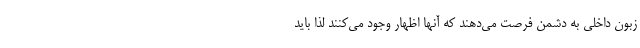
زبون داخلی به دشمن فرصت می‌دهند که آنها اظهار وجود می‌کنند لذا باید